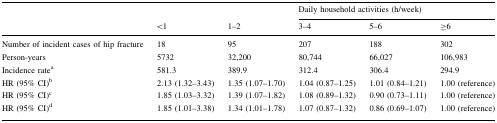
<table><thead><tr><td></td><td></td><td></td><td colspan="3"><b>Daily household activities (h/week)</b></td></tr><tr><td></td><td><b>&lt;1</b></td><td><b>1–2</b></td><td><b>3–4</b></td><td><b>5–6</b></td><td><b>≥6</b></td></tr></thead><tbody><tr><td>Number of incident cases of hip fracture</td><td>18</td><td>95</td><td>207</td><td>188</td><td>302</td></tr><tr><td>Person-years</td><td>5732</td><td>32,200</td><td>80,744</td><td>66,027</td><td>106,983</td></tr><tr><td>Incidence rate<sup>a</sup></td><td>581.3</td><td>389.9</td><td>312.4</td><td>306.4</td><td>294.9</td></tr><tr><td>HR (95% CI)<sup>b</sup></td><td>2.13 (1.32–3.43)</td><td>1.35 (1.07–1.70)</td><td>1.04 (0.87–1.25)</td><td>1.01 (0.84–1.21)</td><td>1.00 (reference)</td></tr><tr><td>HR (95% CI)<sup>c</sup></td><td>1.85 (1.03–3.32)</td><td>1.39 (1.07–1.82)</td><td>1.08 (0.89–1.32)</td><td>0.90 (0.73–1.11)</td><td>1.00 (reference)</td></tr><tr><td>HR (95% CI)<sup>d</sup></td><td>1.85 (1.01–3.38)</td><td>1.34 (1.01–1.78)</td><td>1.07 (0.87–1.32)</td><td>0.86 (0.69–1.07)</td><td>1.00 (reference)</td></tr></tbody></table>